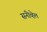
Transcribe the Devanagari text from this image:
सनीव्हेल